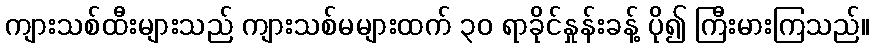
ကျားသစ်ထီးများသည် ကျားသစ်မများထက် ၃၀ ရာခိုင်နှုန်းခန့် ပို၍ ကြီးမားကြသည်။